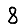
Digit: 8